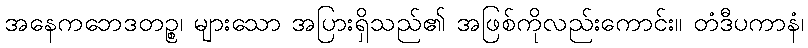
အနေကဘေဒတဉ္စ၊ များသော အပြားရှိသည်၏ အဖြစ်ကိုလည်းကောင်း။ တံဒီပကာနံ၊